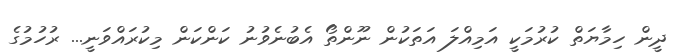
ދީން ހިމާޔަތް ކުރުމަކީ އަމިއްލަ އަތަކުން ނޫންތޯ އެބުނެވުނު ކަންކަން މިކުރައްވަނީ... ރުހުމުގެ